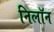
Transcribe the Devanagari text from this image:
निलॉन